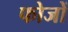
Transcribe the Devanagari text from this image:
फोजों